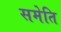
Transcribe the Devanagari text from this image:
समेति